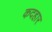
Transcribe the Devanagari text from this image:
कदहार